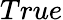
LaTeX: True